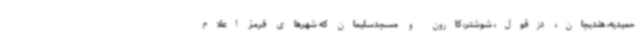
حمیدیه، هندیجان، دزفول، شوشتر، کارون و مسجدسلیمان که شهرهای قرمز اعلام